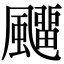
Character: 飅